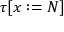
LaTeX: \tau [ x : = N ]